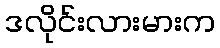
ဒလိုင်းလားမားက